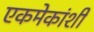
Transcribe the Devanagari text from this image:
एकमेकांशीं